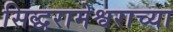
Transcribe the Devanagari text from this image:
सिद्धरामेश्वराच्या